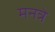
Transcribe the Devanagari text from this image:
मनत्रे